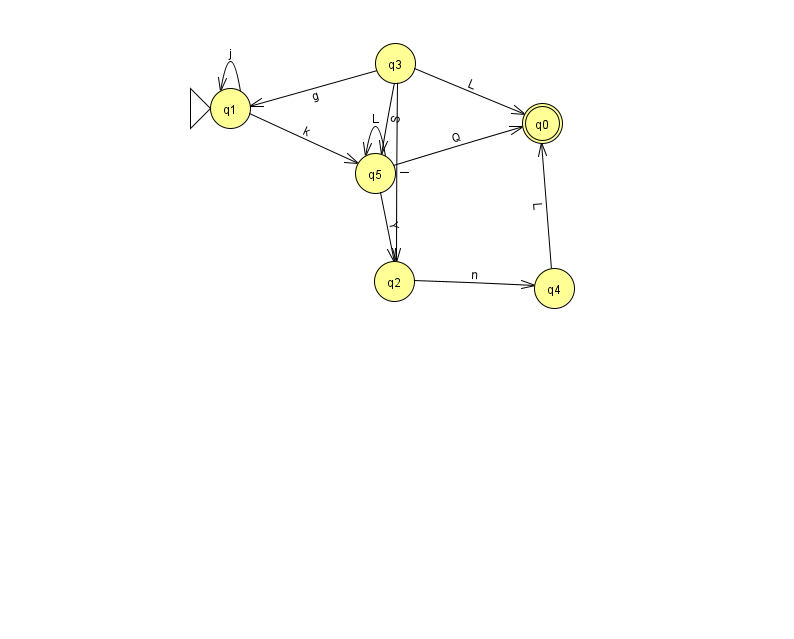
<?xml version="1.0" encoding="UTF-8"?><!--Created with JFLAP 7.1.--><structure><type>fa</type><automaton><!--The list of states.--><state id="0" name="q0"><x>542.0</x><y>110.0</y><final/></state><state id="1" name="q1"><x>230.0</x><y>95.0</y><initial/></state><state id="2" name="q2"><x>394.0</x><y>268.0</y></state><state id="3" name="q3"><x>395.0</x><y>50.0</y></state><state id="4" name="q4"><x>554.0</x><y>275.0</y></state><state id="5" name="q5"><x>375.0</x><y>160.0</y></state><!--The list of transitions.--><transition><from>5</from><to>2</to><read>Y</read></transition><transition><from>2</from><to>4</to><read>n</read></transition><transition><from>4</from><to>0</to><read>L</read></transition><transition><from>1</from><to>1</to><read>j</read></transition><transition><from>3</from><to>2</to><read>I</read></transition><transition><from>5</from><to>5</to><read>L</read></transition><transition><from>1</from><to>5</to><read>k</read></transition><transition><from>3</from><to>1</to><read>g</read></transition><transition><from>5</from><to>0</to><read>Q</read></transition><transition><from>3</from><to>0</to><read>L</read></transition><transition><from>3</from><to>5</to><read>S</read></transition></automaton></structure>